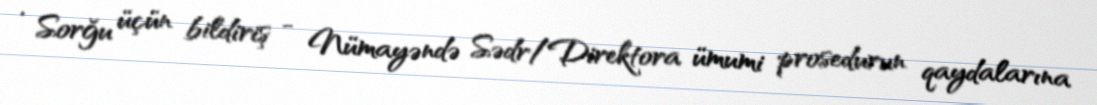
· Sorğu üçün bildiriş - Nümayəndə Sədr/Direktora ümumi prosedurun qaydalarına